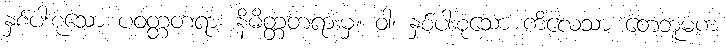
နှစ်ပါးစုံသော ပဝတ္တတရား နိမိတ္တတရားမှ။ ဝါ၊ နှစ်ပါးစုံသော ကိလေသာ တေဘူမက